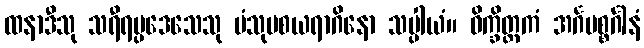
ထနာဒီသု သရီရပ္ပဒေသေသု မံသုပစယရာဂိနော သပ္ပါယံ။ ဝိက္ခိတ္တကံ အင်္ဂပစ္စင်္ဂါနံ